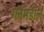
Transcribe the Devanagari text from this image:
ग्लैमडॉल